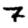
Digit: 7